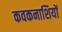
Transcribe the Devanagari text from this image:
कवकनाशियों